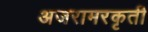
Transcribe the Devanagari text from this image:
अजरामरकृती